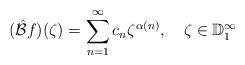
LaTeX: \begin{align*}(\hat{\mathcal{B}}f)(\zeta)=\sum_{n=1}^\infty c_n \zeta^{\alpha(n)},\quad\zeta\in\mathbb{D}_{1}^\infty\end{align*}